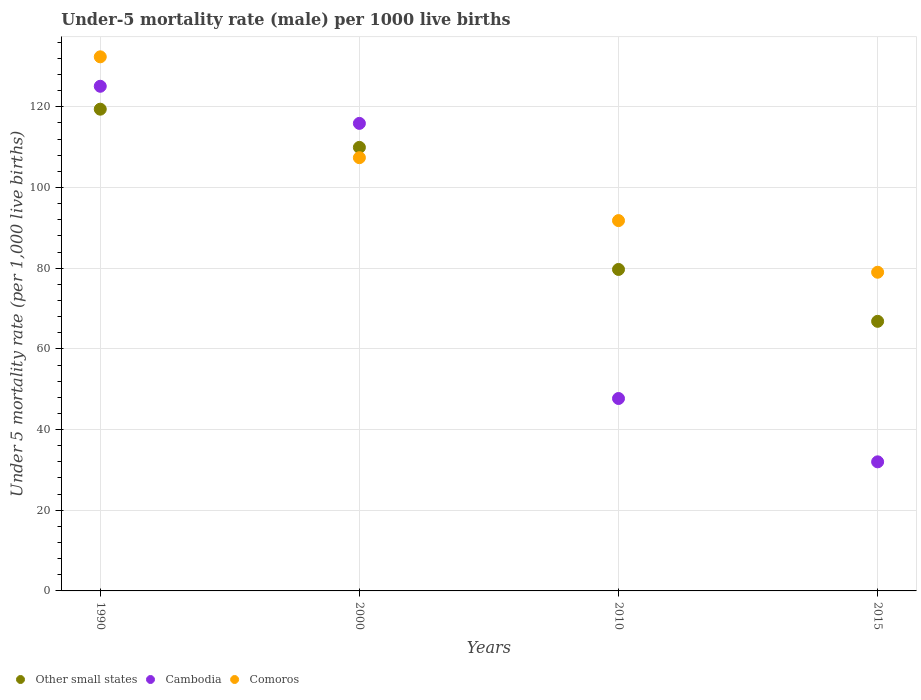
| Years | Other small states | Cambodia | Comoros |
 | --- | --- | --- | --- |
 | 1990 | 119 | 125 | 132 |
 | 2000 | 110 | 116 | 107 |
 | 2010 | 79.7 | 47.7 | 91.8 |
 | 2015 | 66.8 | 32 | 79 |